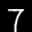
Label: 7